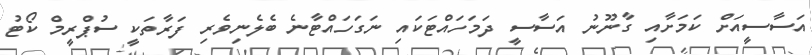
އަސާސީއަށް ކަމަށާއި ގާނޫނު އަސާސީ ދަމަހައްޓަކައި ނަގަހައްޓާނެ ބެލެނިވެރި ފަރާތަކީ ސުޕްރީމް ކޯޓު